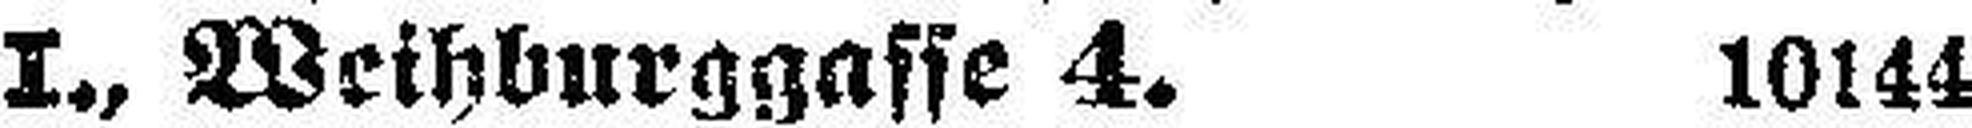
I., Weihburggasse 4. 10144